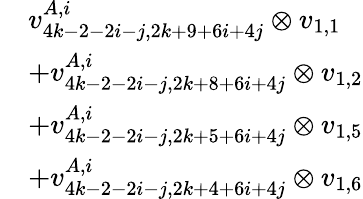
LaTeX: \begin{array}{rl}&{v_{4k-2-2i-j,2k+9+6i+4j}^{A,i}\otimes v_{1,1}}\\ &{+v_{4k-2-2i-j,2k+8+6i+4j}^{A,i}\otimes v_{1,2}}\\ &{+v_{4k-2-2i-j,2k+5+6i+4j}^{A,i}\otimes v_{1,5}}\\ &{+v_{4k-2-2i-j,2k+4+6i+4j}^{A,i}\otimes v_{1,6}}\end{array}